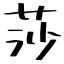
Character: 莎